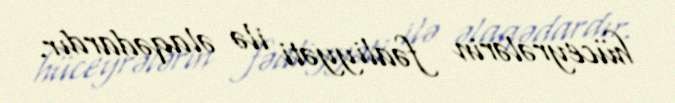
hüceyrələrin fəaliyyəti ilə əlaqədardır.